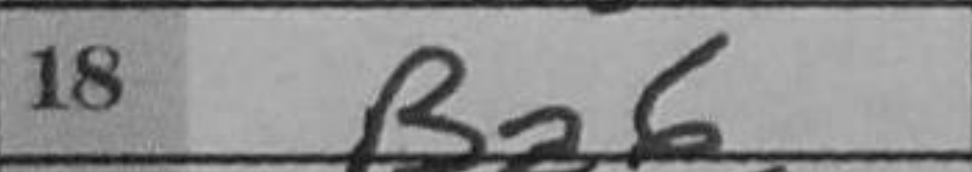
Transcription: Ba6